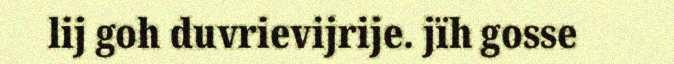
lij goh duvrievijrije. jïh gosse